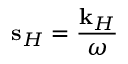
{ \bf s } _ { H } = \frac { \mathbf { k } _ { H } } { \omega }